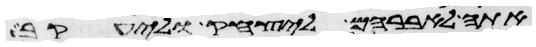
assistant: אתה לאברהם ליצחק וליעקב